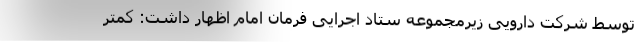
توسط شرکت دارویی زیرمجموعه ستاد اجرایی فرمان امام اظهار داشت: کمتر